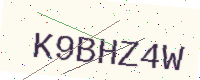
Text: K9BHZ4W